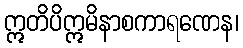
ဣတိပိဣမိနာစကာရဏေန၊